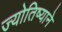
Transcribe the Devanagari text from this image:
ज्योतिष्याने